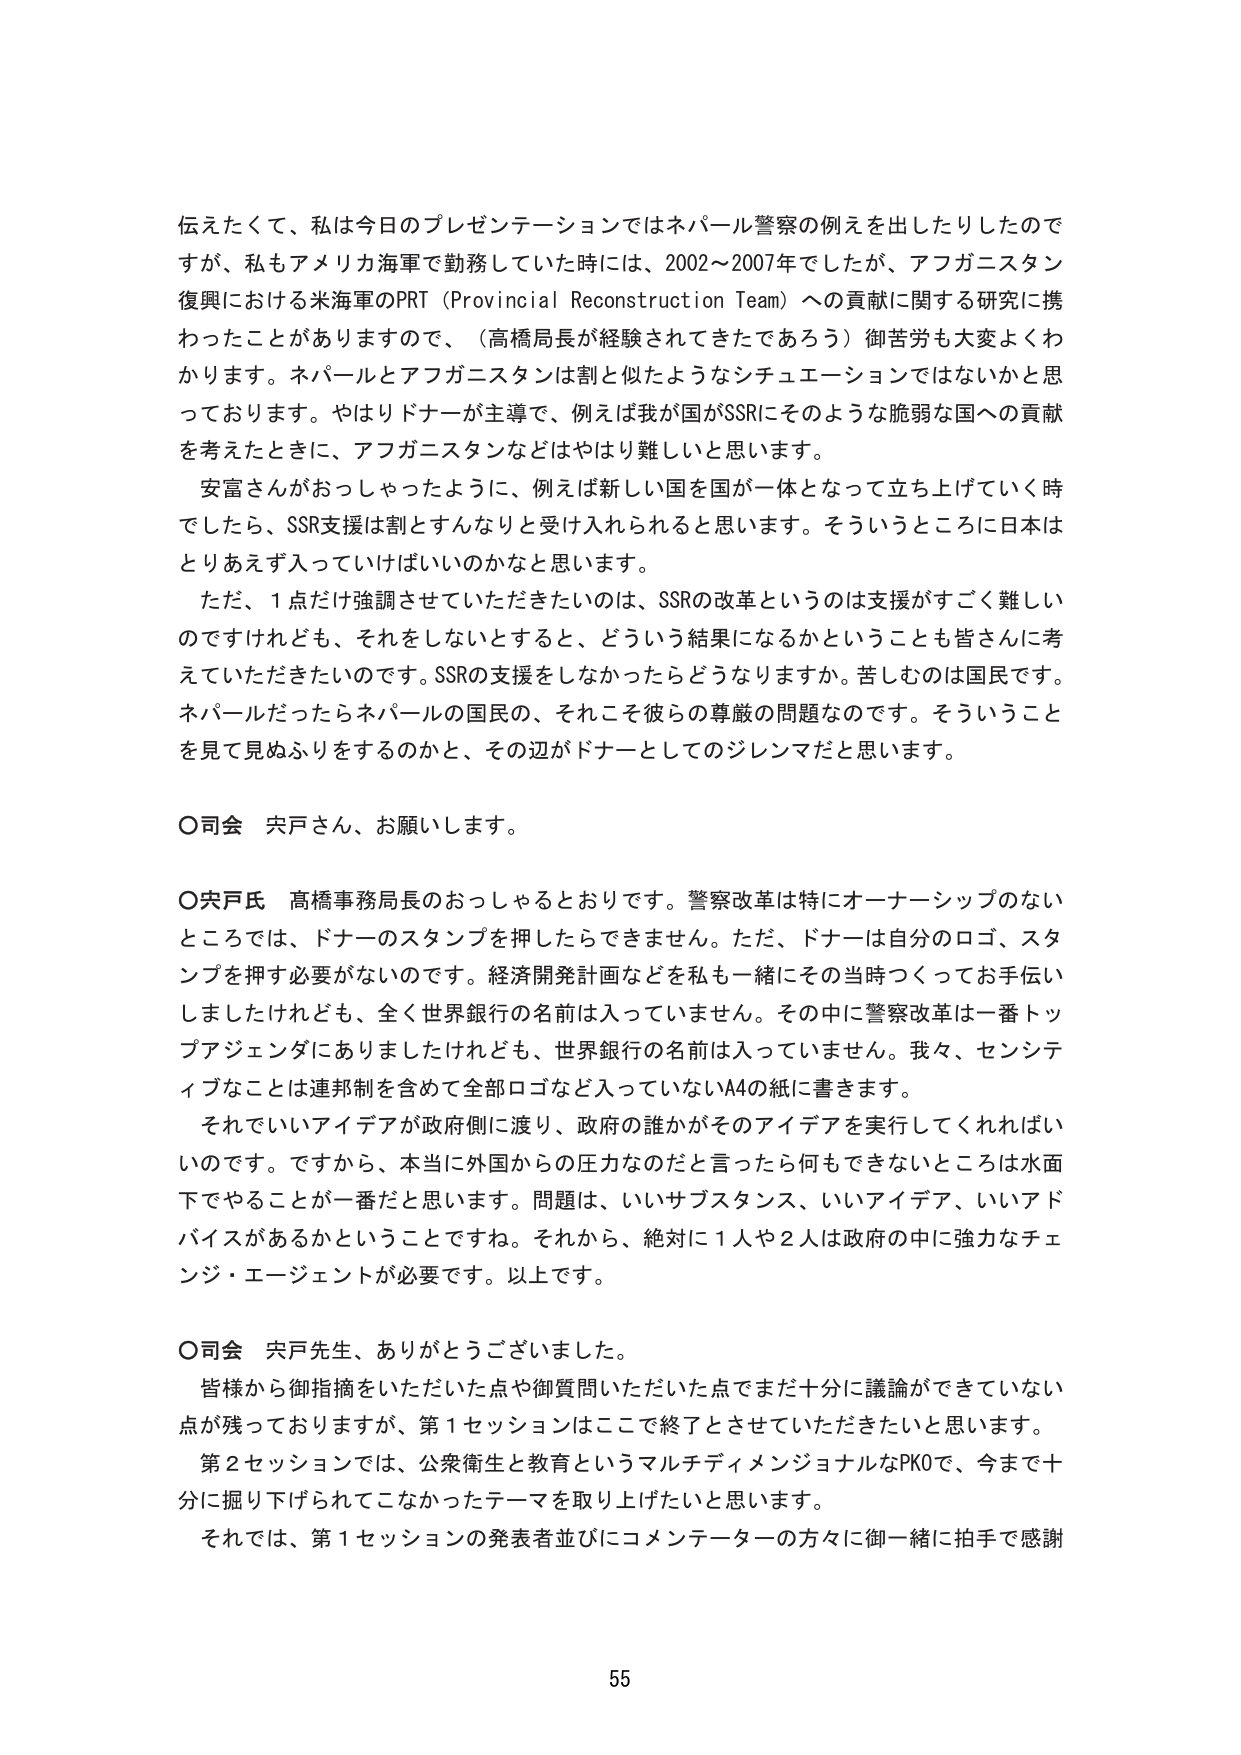
伝えたくて、私は今日のプレゼンテーションではネパール警察の例えを出したりしたのですが、私もアメリカ海軍で勤務していた時には、2002～2007年でしたが、アフガニスタン復興における米海軍のPRT（Provincial Reconstruction Team）への貢献に関する研究に携わったことがありますので、（高橋局長が経験されてきたであろう）御苦労も大変よくわかります。ネパールとアフガニスタンは割と似たようなシチュエーションではないかと思っております。やはりドナーが主導で、例えば我が国がSSRにそのような脆弱な国への貢献を考えたときに、アフガニスタンなどはやはり難しいと思います。

安富さんがおっしゃったように、例えば新しい国を国が一体となって立ち上げていく時でしたら、SSR支援は割とすんなりと受け入れられると思います。そういうところに日本はとりあえず入っていけばいいのかなと思います。

ただ、1点だけ強調させていただきたいのは、SSRの改革というのは支援がすごく難しいのですけれども、それをしないとすると、どういう結果になるかということも皆さんに考えていただきたいのです。SSRの支援をしなかったらどうなりますか。苦しむのは国民です。ネパールだったらネパールの国民の、それこそ彼らの尊厳の問題なのです。そういうことを見て見ぬふりをするのかと、その辺がドナーとしてのジレンマだと思います。

○司会 宍戸さん、お願いします。

○宍戸氏 高橋事務局長のおっしゃるとおりです。警察改革は特にオーナーシップのないところでは、ドナーのスタンプを押したらできません。ただ、ドナーは自分のロゴ、スタンプを押す必要がないのです。経済開発計画などを私も一緒にその当時つくってお手伝いしましたけれども、全く世界銀行の名前は入っていません。その中に警察改革は一番トップアジェンダにありましたけれども、世界銀行の名前は入っていません。我々、センシティブなことは連邦制を含めて全部ロゴなど入っていないA4の紙に書きます。

それでいいアイデアが政府側に渡り、政府の誰かがそのアイデアを実行してくれればいいのです。ですから、本当に外国からの圧力なのだと言ったら何もできないところは水面下でやることが一番だと思います。問題は、いいサブスタンス、いいアイデア、いいアドバイスがあるかということですね。それから、絶対に1人や2人は政府の中に強力なチェンジ・エージェントが必要です。以上です。

○司会 宍戸先生、ありがとうございました。

皆様から御指摘をいただいた点や御質問いただいた点でまだ十分に議論ができていない点が残っておりますが、第1セッションはここで終了とさせていただきたいと思います。

第2セッションでは、公衆衛生と教育というマルチディメンジョナルなPKOで、今まで十分に掘り下げられてこなかったテーマを取り上げたいと思います。

それでは、第1セッションの発表者並びにコメンテーターの方々に御一緒に拍手で感謝

55